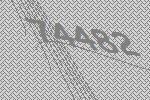
74482